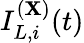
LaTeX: I_{L,i}^{(\mathbf{X})}(t)